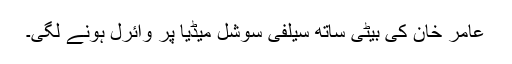
عامر خان کی بیٹی ساتھ سیلفی سوشل میڈیا پر وائرل ہونے لگی۔